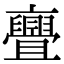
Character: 亹